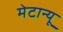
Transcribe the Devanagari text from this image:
मेटान्यू